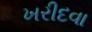
ખરીદવા